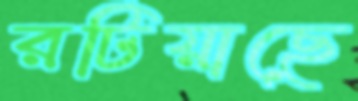
রটিয়াছে